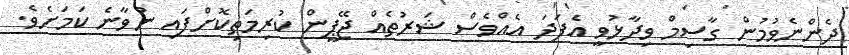
ދެންނެވުމުން ގާސިމް ވިދާޅުވީ އެފަދަ އެއްވެސް ޝަރުތެއް ޖޭޕީން ކުރިމަތިކޮށްފައި ނުވާނެ ކަމަށެވެ.